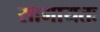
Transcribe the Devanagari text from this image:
सामायतः